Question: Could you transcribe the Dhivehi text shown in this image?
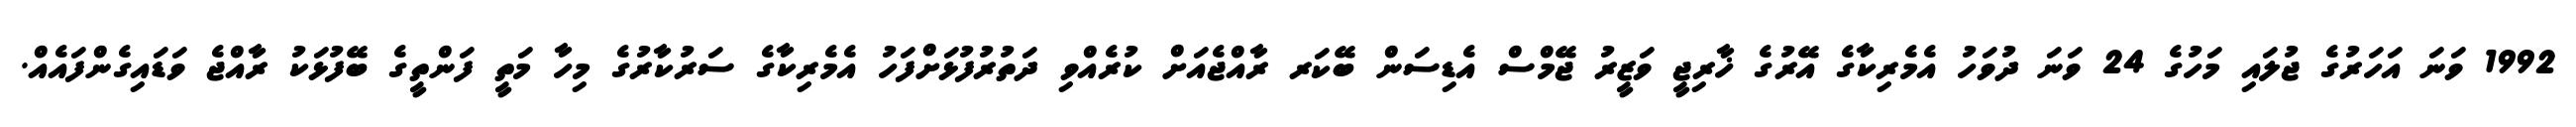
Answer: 1992 ވަނަ އަހަރުގެ ޖުލައި މަހުގެ 24 ވަނަ ދުވަހު އެމެރިކާގެ އޭރުގެ ޚާރިޖީ ވަޒީރު ޖޭމްސް އެޑިސަން ބޭކަރ ރާއްޖެއަށް ކުރެއްވި ދަތުރުފުޅަށްފަހު އެމެރިކާގެ ސަރުކާރުގެ މިހާ މަތީ ފަންތީގެ ބޭފުޅަކު ރާއްޖެ ވަޑައިގެންފައެއް.